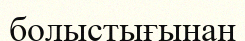
болыстығынан